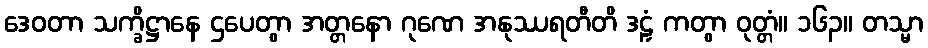
ဒေဝတာ သက္ခိဋ္ဌာနေ ဌပေတွာ အတ္တနော ဂုဏေ အနုဿရတီတိ ဒဠှံ ကတွာ ဝုတ္တံ။ ၁၆၃။ တသ္မာ